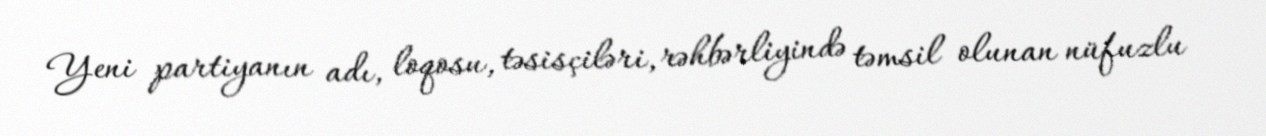
Yeni partiyanın adı, loqosu, təsisçiləri, rəhbərliyində təmsil olunan nüfuzlu